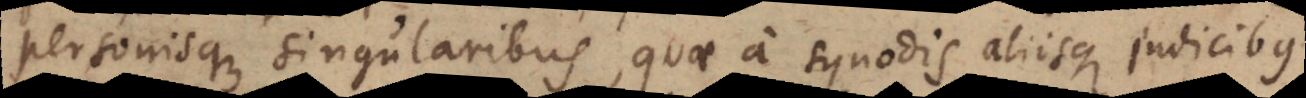
personisque singularibus, quae a Synodis aliisque judicibus